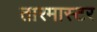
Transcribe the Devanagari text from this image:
तारमास्टर